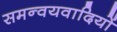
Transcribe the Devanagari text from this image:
समन्वयवादियों